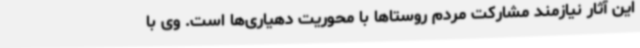
این آثار نیازمند مشارکت مردم روستاها با محوریت دهیاری‌ها است. وی با